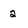
Character: 2